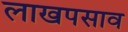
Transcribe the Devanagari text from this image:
लाखपसाव